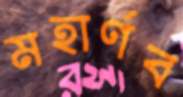
মহার্ণব